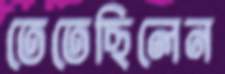
তেতেছিলেন